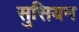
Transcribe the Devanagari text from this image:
सुसियन